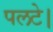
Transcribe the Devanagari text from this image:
पलटे।